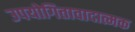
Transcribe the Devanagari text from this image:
उपयोगितावादात्मक